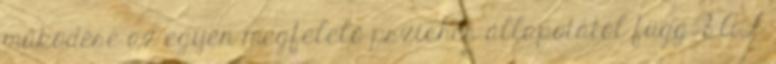
működése az egyén megfelelő pszichés állapotától függ. 8 AZ